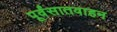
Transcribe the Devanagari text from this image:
पूर्वंसातवाहन